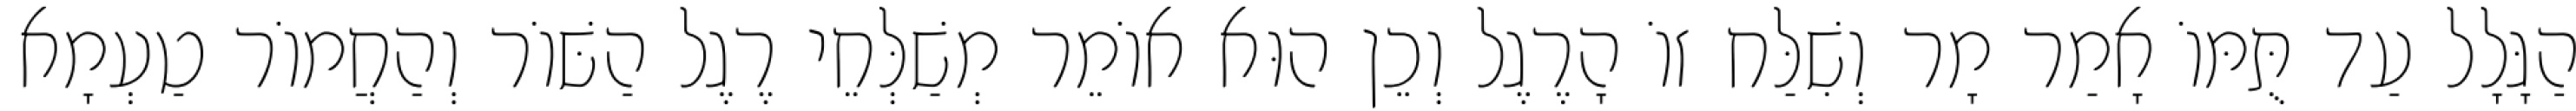
הַגָּלָל עַד תֻּמּוֹ אָמַר מָר וְשִׁלַּח זוֹ הָרֶגֶל וְכֵן הוּא אוֹמֵר מְשַׁלְּחֵי רֶגֶל הַשּׁוֹר וְהַחֲמוֹר טַעְמָא